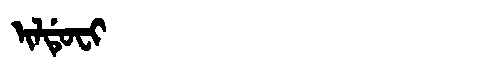
Manchu: ᡳᠯᡩᡠᠸᡳ
Romanization: ILDUFI